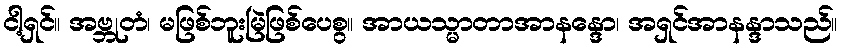
ငါ့ရှင်။ အဗ္ဘုတံ၊ မဖြစ်ဘူးမြဲဖြစ်ပေစွ။ အာယသ္မာတာအာနန္ဒော၊ အရှင်အာနန္ဒာသည်။